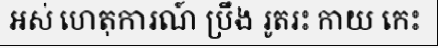
អស់ ហេតុការណ៍ ប្រឹង រូតរះ កាយ កេះ